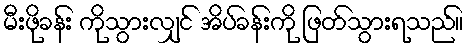
မီးဖိုခန်း ကိုသွားလျှင် အိပ်ခန်းကို ဖြတ်သွားရသည်။